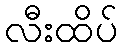
လီးထိပ်